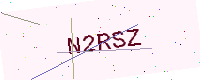
Text: N2RSZ